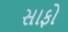
સાફો